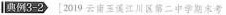
I3-2)[2019云南玉江川区第二中学期末考